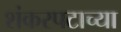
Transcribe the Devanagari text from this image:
शंकरपटाच्या